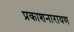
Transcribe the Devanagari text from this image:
प्रकाशनारायण